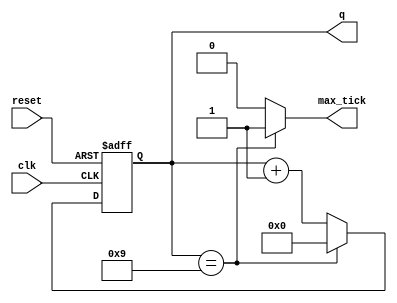
//---------------------------------------------------------------------------
// SharkBoad ExampleModule
// Josnelihurt Rodriguez - Fredy Segura Q.
// josnelihurt@gmail.com
// Top Level Design for the Xilinx Spartan 3-100E Device
//---------------------------------------------------------------------------

/*#
# SharkBoad
# Copyright (C) 2012 Bogot, Colombia
#
# This program is free software: you can redistribute it and/or modify
# it under the terms of the GNU General Public License as published by
# the Free Software Foundation, version 3 of the License.
#
# This program is distributed in the hope that it will be useful,
# but WITHOUT ANY WARRANTY; without even the implied warranty of
# MERCHANTABILITY or FITNESS FOR A PARTICULAR PURPOSE.  See the
# GNU General Public License for more details.
#
# You should have received a copy of the GNU General Public License
# along with this program.  If not, see <http://www.gnu.org/licenses/>.
#*/

/*
  _________.__                  __   __________                       .___
 /   _____/|  |__ _____ _______|  | _\______   \ _________ _______  __| _/
 \_____  \ |  |  \\__  \\_  __ \  |/ /|    |  _//  _ \__  \\_  __ \/ __ | 
 /        \|   Y  \/ __ \|  | \/    < |    |   (  <_> ) __ \|  | \/ /_/ | 
/_______  /|___|  (____  /__|  |__|_ \|______  /\____(____  /__|  \____ | 
        \/      \/     \/           \/       \/           \/           \/ 

*/
// Based on Pong P. Chu - FPGA Prototyping by Verilog Examples 
// Listing 4.11
module counter
   #(
    parameter N=4, // number of bits in counter
              M=10 // mod-M
   )
   (
    input wire clk, reset,
    output wire max_tick,
    output wire [N-1:0] q
   );

   //signal declaration
   reg [N-1:0] r_reg;
   wire [N-1:0] r_next;

   // body
   // register
   always @(posedge clk, posedge reset)
      if (reset)
         r_reg <= 0;
      else
         r_reg <= r_next;

   // next-state logic
   assign r_next = (r_reg==(M-1)) ? 0 : r_reg + 1;
   // output logic
   assign q = r_reg;
   assign max_tick = (r_reg==(M-1)) ? 1'b1 : 1'b0;

endmodule